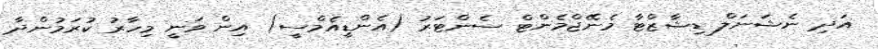
އަދި ނެޝަނަލް ޑިޝާޒްޓާ މެނޭޖްމެންޓް ސެންޓަރު (އެންޑީއެމްސީ) އިން ވަނީ މިހާރު ކުރަމުންދާ